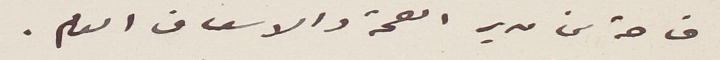
خاصة من مدير الصحة والاسعاف العام.